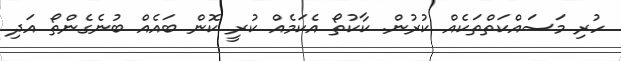
ހުރި މަސައްކަތްތަކެއް ކުރުން. ކާކުތޯ އެކަމެއް ކުރީ ކޮން ބައެއް ބުނެގެންތޯ އަދި